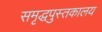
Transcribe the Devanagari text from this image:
समृद्धपुस्तकालय